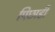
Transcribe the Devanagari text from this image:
पिछाडी